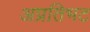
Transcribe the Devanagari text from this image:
अप्रतिभट